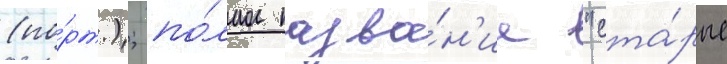
(по́рт.); по́лное назва́н'ие "ста́рые